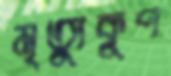
মৃত্যুকূপ